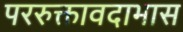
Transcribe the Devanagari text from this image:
पररुक्तावदाभास